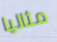
مثاليا